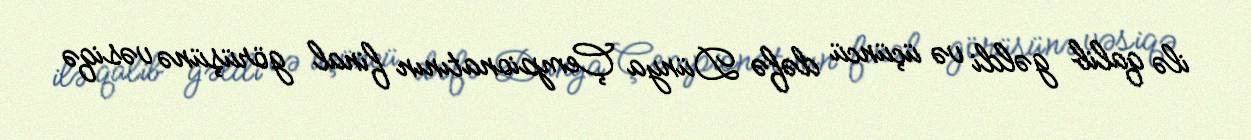
ilə qalib gəldi və üçüncü dəfə Dünya Çempionatının final görüşünə vəsiqə